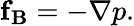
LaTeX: \mathbf{f_{B}}=-\nabla p.